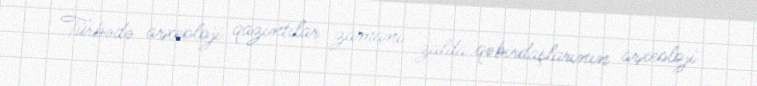
Türbədə arxeoloji qazıntılar zamanı zalda qəbirdaşlarının arxeoloji